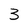
Character: 3